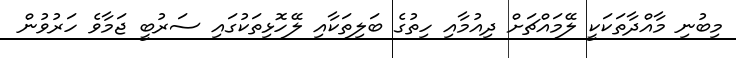
މިބުނި މާއްދާތަކަކީ ލޭމައްޗަށް ދިއުމާއި ހިތުގެ ބަލިތަކާއި ލޭހޮޅިތަކުގައި ސަރުބީ ޖަމާވެ ހަރުވުން